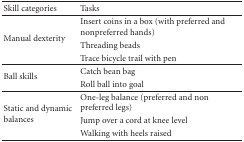
<table><thead><tr><td><b>Skill categories</b></td><td><b>Tasks</b></td></tr></thead><tbody><tr><td rowspan="3">Manual dexterity</td><td>Insert coins in a box (with preferred and nonpreferred hands)</td></tr><tr><td>Threading beads</td></tr><tr><td>Trace bicycle trail with pen</td></tr><tr><td rowspan="2">Ball skills</td><td>Catch bean bag</td></tr><tr><td>Roll ball into goal</td></tr><tr><td rowspan="3">Static and dynamic balances</td><td>One-leg balance (preferred and non preferred legs)</td></tr><tr><td>Jump over a cord at knee level</td></tr><tr><td>Walking with heels raised</td></tr></tbody></table>